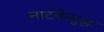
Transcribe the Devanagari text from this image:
नाटकेसुद्धा